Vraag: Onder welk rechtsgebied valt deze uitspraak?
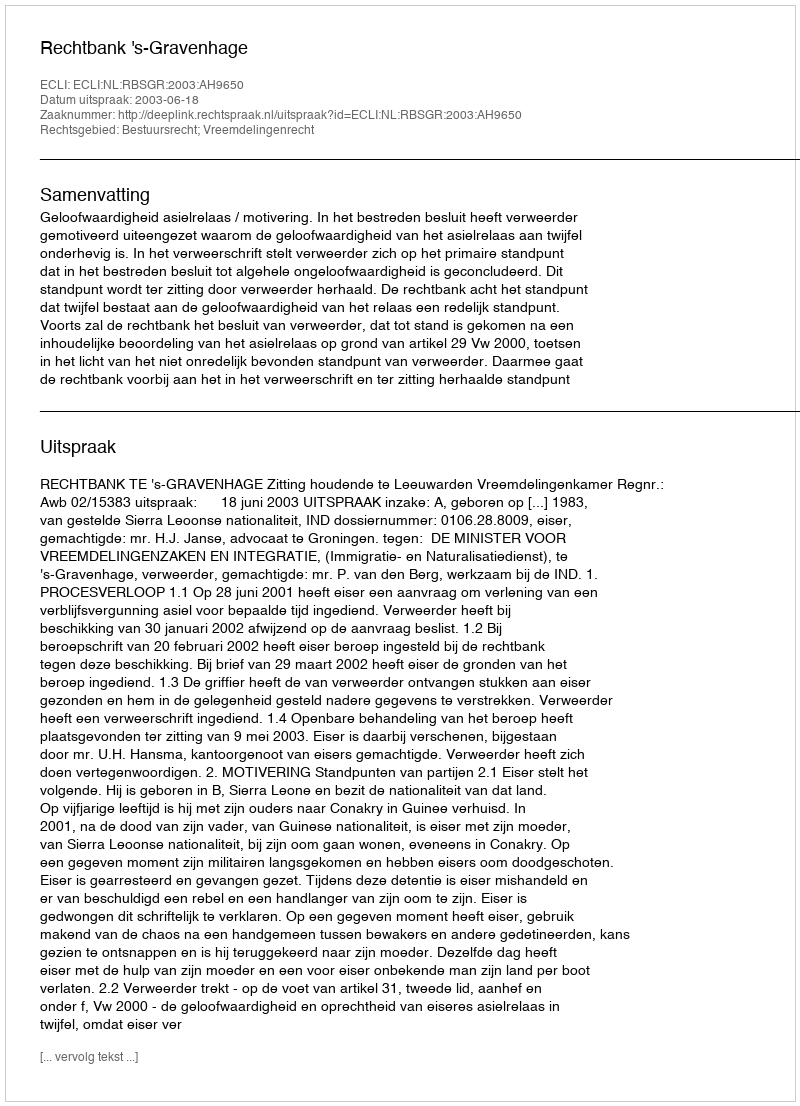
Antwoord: Bestuursrecht; Vreemdelingenrecht